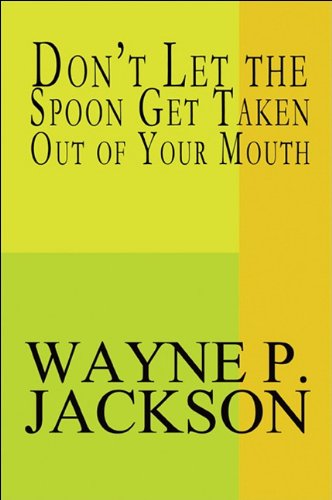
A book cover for Don't Let the Spoon Get Taken Out of Your Mouth; Wayne P. Jackson; Teen & Young Adult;